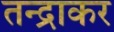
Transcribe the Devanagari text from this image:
तन्द्राकर